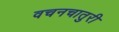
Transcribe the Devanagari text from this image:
वचनचातुरी